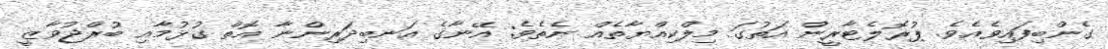
ގެންބިފައިވެއެވެ. ޕުރޮލެޓާރީން އަތުގަ މިލްކިއްޔާތެއް ނެތެވެ; އޭނާގެ އަނބިދަރިންނާ އޮތް ގުޅުމާއި ބުރްޖުވާޒީ